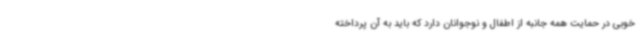
خوبی در حمایت همه جانبه از اطفال و نوجوانان دارد که باید به آن پرداخته